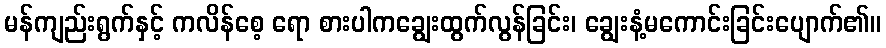
မန်ကျည်းရွက်နှင့် ကလိန်စေ့ ရော စားပါကချွေးထွက်လွန်ခြင်း၊ ချွေးနံ့မကောင်းခြင်းပျောက်၏။